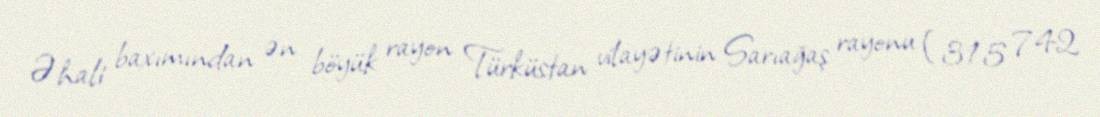
Əhali baxımından ən böyük rayon Türküstan vilayətinin Sarıağaş rayonu (315 742